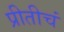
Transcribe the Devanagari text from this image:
प्रीतीचं